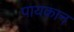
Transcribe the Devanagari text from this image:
पायकान